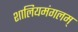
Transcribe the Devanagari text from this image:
शालियमंगलम्‌